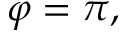
\varphi = \pi ,